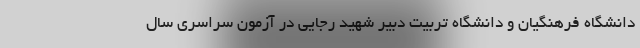
دانشگاه فرهنگیان و دانشگاه تربیت دبیر شهید رجایی در آزمون سراسری سال